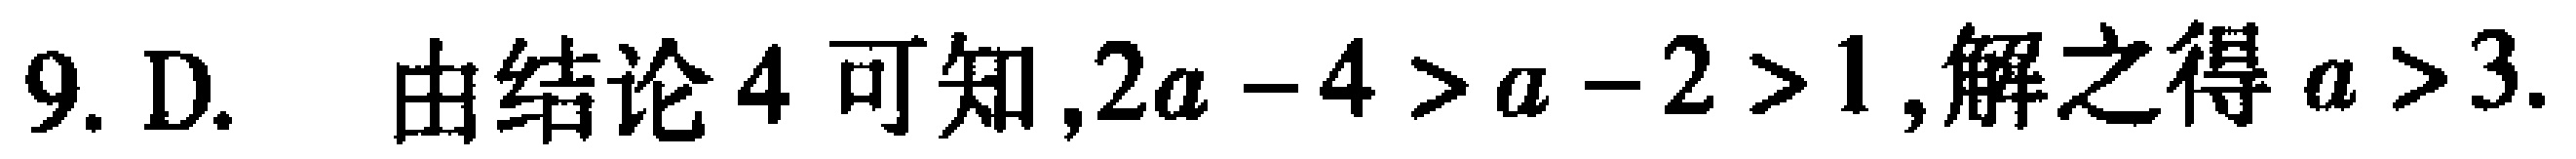
9. D. 由结论4可知,$2a - 4 > a - 2 > 1$,解之得$a > 3$.